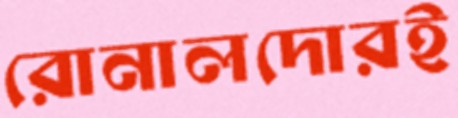
রোনালদোরই